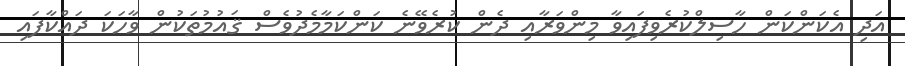
އަދި އެކަންކަން ހާސިލްކުރެވިފައިވާ މިންވަރާއި ދެން ކުރެވޭނެ ކަންކަމާމެދުވެސް ޤައުމުތަކުން ވާހަކަ ދައްކާފައި